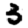
Digit: 3